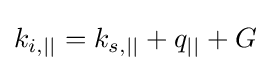
k_{i,||}=k_{s,||}+q_{||}+G